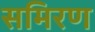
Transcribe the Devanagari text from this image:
समिरण